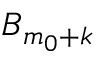
B _ { m _ { 0 } + k }